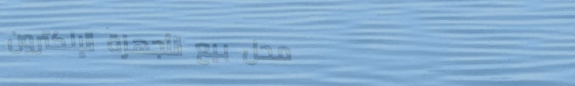
محل بيع الأجهزة الإلكترون